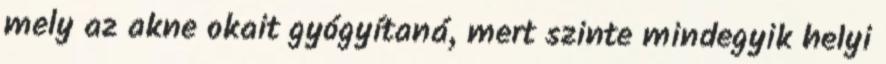
mely az akne okait gyógyítaná, mert szinte mindegyik helyi